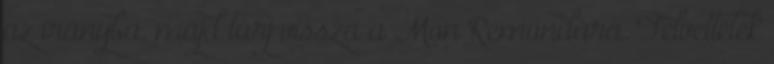
az irányba, majd tárj vissza a Mon Remondára. Felvettétek